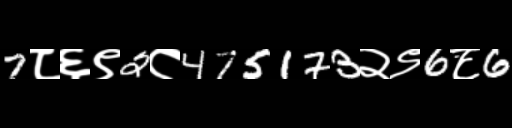
Text: 7८६९2८475173२९6८6